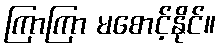
ကြာကြာ မစောင့်နိုင်။